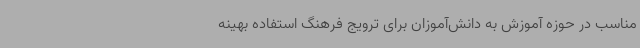
مناسب در حوزه آموزش به دانش‌آموزان برای ترویج فرهنگ استفاده بهینه